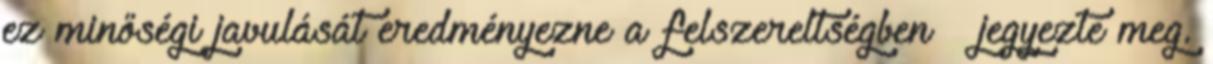
ez minőségi javulását eredményezne a felszereltségben – jegyezte meg.